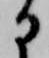
に